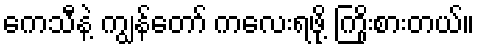
ကေသီနဲ့ ကျွန်တော် ကလေးရဖို့ ကြိုးစားတယ်။